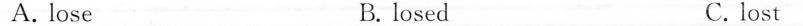
A. lose B. losed C.lost